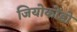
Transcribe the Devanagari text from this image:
जियोकोंडो